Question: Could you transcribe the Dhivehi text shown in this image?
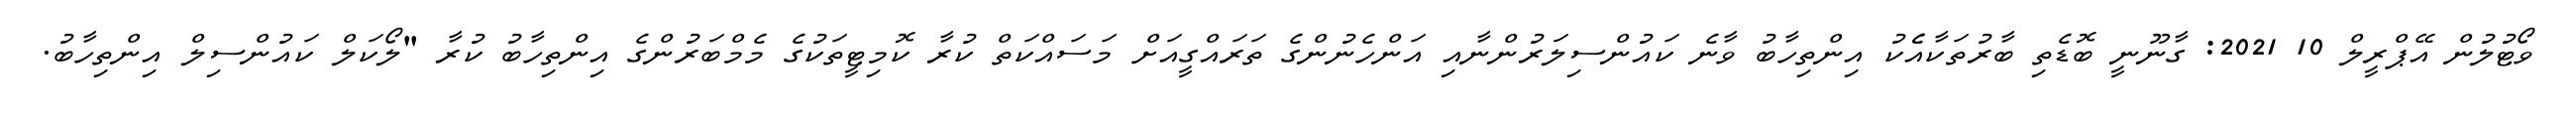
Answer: ވޯޓުލުން އޭޕްރީލް 10 2021: ގާނޫނީ ބޮޑެތި ބާރުތަކާއެެކު އިންތިހާބު ވާނެ ކައުންސިލަރުންނާއި އަންހެނުންގެ ތަރައްގީއަށް މަސައްކަތް ކުރާ ކޮމިޓީތަކުގެ މެމްބަރުންގެ އިންތިހާބު ކުރާ "ލޯކަލް ކައުންސިލް އިންތިހާބު.